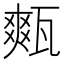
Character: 㼽